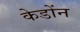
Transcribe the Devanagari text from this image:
केडोंन